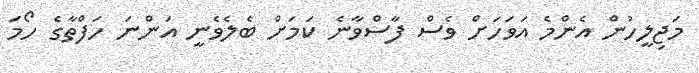
މަޖިލީހުން އެންމެ އަވަހަށް ވެސް ފާސްވާނެ ކަމަށް ބެލެވެނީ އަންނަ ހަފްތާގެ ހޯމަ